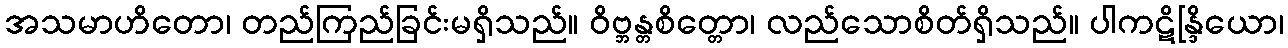
အသမာဟိတော၊ တည်ကြည်ခြင်းမရှိသည်။ ဝိဗ္ဘန္တစိတ္တော၊ လည်သောစိတ်ရှိသည်။ ပါကဋိန္ဒြိယော၊